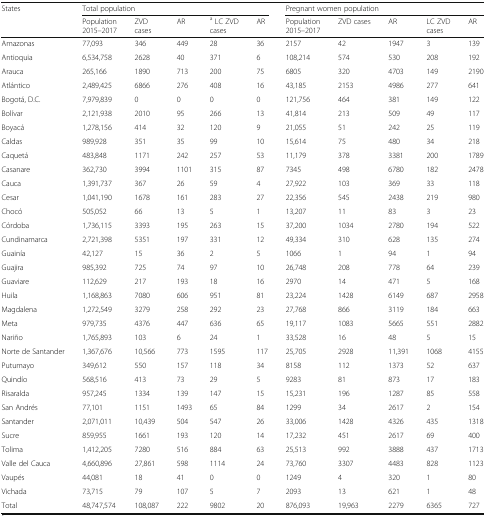
<table><thead><tr><td rowspan="2"><b>States</b></td><td colspan="5"><b>Total population</b></td><td colspan="5"><b>Pregnant women population</b></td></tr><tr><td><b>Population 2015–2017</b></td><td><b>ZVD cases</b></td><td><b>AR</b></td><td><b><sup>a</sup> LC ZVD cases</b></td><td><b>AR</b></td><td><b>Population 2015–2017</b></td><td><b>ZVD cases</b></td><td><b>AR</b></td><td><b>LC ZVD cases</b></td><td><b>AR</b></td></tr></thead><tbody><tr><td>Amazonas</td><td>77,093</td><td>346</td><td>449</td><td>28</td><td>36</td><td>2157</td><td>42</td><td>1947</td><td>3</td><td>139</td></tr><tr><td>Antioquia</td><td>6,534,758</td><td>2628</td><td>40</td><td>371</td><td>6</td><td>108,214</td><td>574</td><td>530</td><td>208</td><td>192</td></tr><tr><td>Arauca</td><td>265,166</td><td>1890</td><td>713</td><td>200</td><td>75</td><td>6805</td><td>320</td><td>4703</td><td>149</td><td>2190</td></tr><tr><td>Atlántico</td><td>2,489,425</td><td>6866</td><td>276</td><td>408</td><td>16</td><td>43,185</td><td>2153</td><td>4986</td><td>277</td><td>641</td></tr><tr><td>Bogotá, D.C.</td><td>7,979,839</td><td>0</td><td>0</td><td>0</td><td>0</td><td>121,756</td><td>464</td><td>381</td><td>149</td><td>122</td></tr><tr><td>Bolívar</td><td>2,121,938</td><td>2010</td><td>95</td><td>266</td><td>13</td><td>41,814</td><td>213</td><td>509</td><td>49</td><td>117</td></tr><tr><td>Boyacá</td><td>1,278,156</td><td>414</td><td>32</td><td>120</td><td>9</td><td>21,055</td><td>51</td><td>242</td><td>25</td><td>119</td></tr><tr><td>Caldas</td><td>989,928</td><td>351</td><td>35</td><td>99</td><td>10</td><td>15,614</td><td>75</td><td>480</td><td>34</td><td>218</td></tr><tr><td>Caquetá</td><td>483,848</td><td>1171</td><td>242</td><td>257</td><td>53</td><td>11,179</td><td>378</td><td>3381</td><td>200</td><td>1789</td></tr><tr><td>Casanare</td><td>362,730</td><td>3994</td><td>1101</td><td>315</td><td>87</td><td>7345</td><td>498</td><td>6780</td><td>182</td><td>2478</td></tr><tr><td>Cauca</td><td>1,391,737</td><td>367</td><td>26</td><td>59</td><td>4</td><td>27,922</td><td>103</td><td>369</td><td>33</td><td>118</td></tr><tr><td>Cesar</td><td>1,041,190</td><td>1678</td><td>161</td><td>283</td><td>27</td><td>22,356</td><td>545</td><td>2438</td><td>219</td><td>980</td></tr><tr><td>Chocó</td><td>505,052</td><td>66</td><td>13</td><td>5</td><td>1</td><td>13,207</td><td>11</td><td>83</td><td>3</td><td>23</td></tr><tr><td>Córdoba</td><td>1,736,115</td><td>3393</td><td>195</td><td>263</td><td>15</td><td>37,200</td><td>1034</td><td>2780</td><td>194</td><td>522</td></tr><tr><td>Cundinamarca</td><td>2,721,398</td><td>5351</td><td>197</td><td>331</td><td>12</td><td>49,334</td><td>310</td><td>628</td><td>135</td><td>274</td></tr><tr><td>Guainía</td><td>42,127</td><td>15</td><td>36</td><td>2</td><td>5</td><td>1066</td><td>1</td><td>94</td><td>1</td><td>94</td></tr><tr><td>Guajira</td><td>985,392</td><td>725</td><td>74</td><td>97</td><td>10</td><td>26,748</td><td>208</td><td>778</td><td>64</td><td>239</td></tr><tr><td>Guaviare</td><td>112,629</td><td>217</td><td>193</td><td>18</td><td>16</td><td>2970</td><td>14</td><td>471</td><td>5</td><td>168</td></tr><tr><td>Huila</td><td>1,168,863</td><td>7080</td><td>606</td><td>951</td><td>81</td><td>23,224</td><td>1428</td><td>6149</td><td>687</td><td>2958</td></tr><tr><td>Magdalena</td><td>1,272,549</td><td>3279</td><td>258</td><td>292</td><td>23</td><td>27,768</td><td>866</td><td>3119</td><td>184</td><td>663</td></tr><tr><td>Meta</td><td>979,735</td><td>4376</td><td>447</td><td>636</td><td>65</td><td>19,117</td><td>1083</td><td>5665</td><td>551</td><td>2882</td></tr><tr><td>Nariño</td><td>1,765,893</td><td>103</td><td>6</td><td>24</td><td>1</td><td>33,528</td><td>16</td><td>48</td><td>5</td><td>15</td></tr><tr><td>Norte de Santander</td><td>1,367,676</td><td>10,566</td><td>773</td><td>1595</td><td>117</td><td>25,705</td><td>2928</td><td>11,391</td><td>1068</td><td>4155</td></tr><tr><td>Putumayo</td><td>349,612</td><td>550</td><td>157</td><td>118</td><td>34</td><td>8158</td><td>112</td><td>1373</td><td>52</td><td>637</td></tr><tr><td>Quindío</td><td>568,516</td><td>413</td><td>73</td><td>29</td><td>5</td><td>9283</td><td>81</td><td>873</td><td>17</td><td>183</td></tr><tr><td>Risaralda</td><td>957,245</td><td>1334</td><td>139</td><td>147</td><td>15</td><td>15,231</td><td>196</td><td>1287</td><td>85</td><td>558</td></tr><tr><td>San Andrés</td><td>77,101</td><td>1151</td><td>1493</td><td>65</td><td>84</td><td>1299</td><td>34</td><td>2617</td><td>2</td><td>154</td></tr><tr><td>Santander</td><td>2,071,011</td><td>10,439</td><td>504</td><td>547</td><td>26</td><td>33,006</td><td>1428</td><td>4326</td><td>435</td><td>1318</td></tr><tr><td>Sucre</td><td>859,955</td><td>1661</td><td>193</td><td>120</td><td>14</td><td>17,232</td><td>451</td><td>2617</td><td>69</td><td>400</td></tr><tr><td>Tolima</td><td>1,412,205</td><td>7280</td><td>516</td><td>884</td><td>63</td><td>25,513</td><td>992</td><td>3888</td><td>437</td><td>1713</td></tr><tr><td>Valle del Cauca</td><td>4,660,896</td><td>27,861</td><td>598</td><td>1114</td><td>24</td><td>73,760</td><td>3307</td><td>4483</td><td>828</td><td>1123</td></tr><tr><td>Vaupés</td><td>44,081</td><td>18</td><td>41</td><td>0</td><td>0</td><td>1249</td><td>4</td><td>320</td><td>1</td><td>80</td></tr><tr><td>Vichada</td><td>73,715</td><td>79</td><td>107</td><td>5</td><td>7</td><td>2093</td><td>13</td><td>621</td><td>1</td><td>48</td></tr><tr><td>Total</td><td>48,747,574</td><td>108,087</td><td>222</td><td>9802</td><td>20</td><td>876,093</td><td>19,963</td><td>2279</td><td>6365</td><td>727</td></tr></tbody></table>